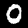
Digit: 0